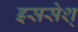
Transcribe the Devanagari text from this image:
इससेश्